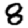
Digit: 8